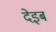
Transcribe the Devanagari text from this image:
देइब